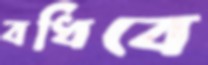
বধিবে